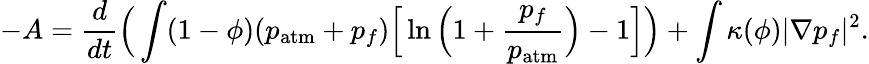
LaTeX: -A=\frac{d}{dt}\Big(\int(1-\phi)(p_{\mathrm{atm}}+p_{f})\Big[\ln\Big(1+\frac{p_{f}}{p_{\mathrm{atm}}}\Big)-1\Big]\Big)+\int\kappa(\phi)|\nabla p_{f}|^{2}.